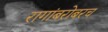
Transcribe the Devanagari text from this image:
रागांबरोबरच